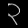
Digit: ၃